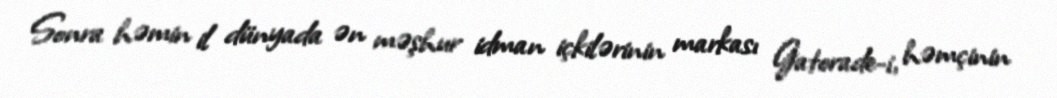
Sonra həmin il dünyada ən məşhur idman içkilərinin markası Gatorade-i, həmçinin